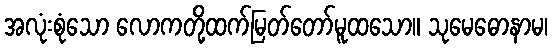
အလုံးစုံသော လောကတို့ထက်မြတ်တော်မူထသော။ သုမေဓောနာမ၊